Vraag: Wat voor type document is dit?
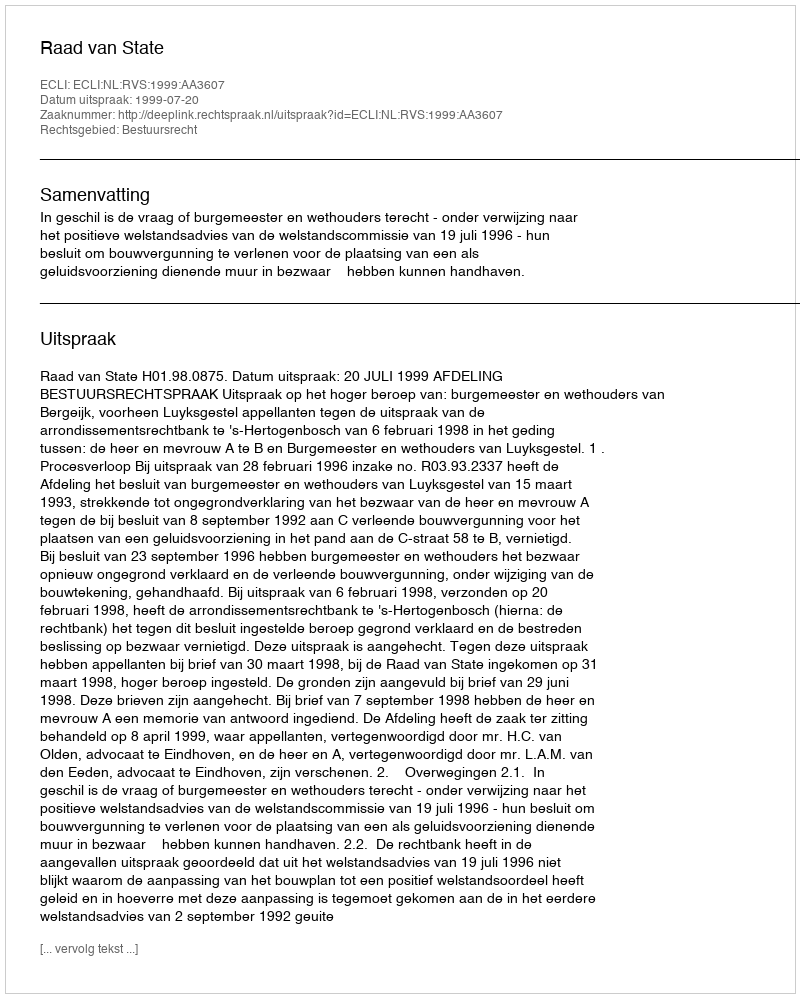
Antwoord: Uitspraak